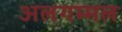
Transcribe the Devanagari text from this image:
अलगम्मल